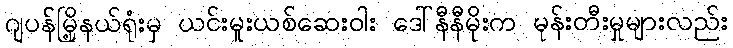
ဂျပန်မြို့နယ်ရုံးမှ ယင်းမူးယစ်ဆေးဝါး ဒေါ်နီနီမိုးက မုန်းတီးမှုများလည်း